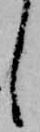
し